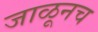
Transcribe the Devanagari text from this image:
जाळूनच